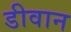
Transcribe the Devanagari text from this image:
डीवान